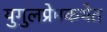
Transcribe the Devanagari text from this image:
युगुलप्रेमकथेत